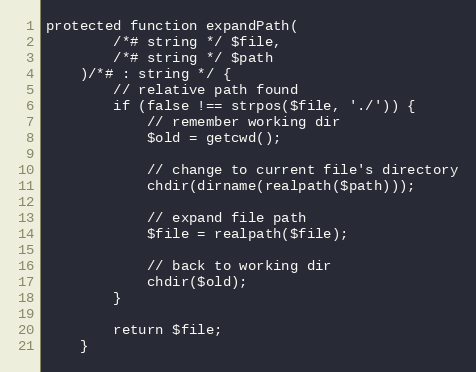
Language: PHP
protected function expandPath(
        /*# string */ $file,
        /*# string */ $path
    )/*# : string */ {
        // relative path found
        if (false !== strpos($file, './')) {
            // remember working dir
            $old = getcwd();

            // change to current file's directory
            chdir(dirname(realpath($path)));

            // expand file path
            $file = realpath($file);

            // back to working dir
            chdir($old);
        }

        return $file;
    }